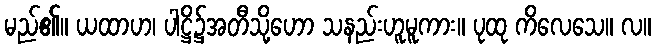
မည်၏။ ယထာဟ၊ ပါဋ္ဌိ၌အတီသို့ဟော သနည်းဟူမူကား။ ပုထု ကိလေသေ။ လ။